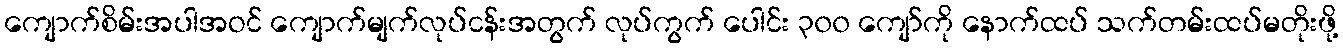
ကျောက်စိမ်းအပါအဝင် ကျောက်မျက်လုပ်ငန်းအတွက် လုပ်ကွက် ပေါင်း ၃၀၀ ကျော်ကို နောက်ထပ် သက်တမ်းထပ်မတိုးဖို့